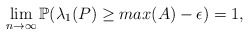
\begin{align*} \lim_{n \to \infty}{\mathbb{P}(\lambda_1(P) \geq max(A)-\epsilon)}=1,\end{align*}